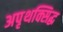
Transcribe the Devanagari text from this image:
अपृथक्सिद्ध